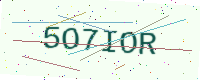
Text: 5O7IOR